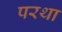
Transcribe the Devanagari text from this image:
परथा